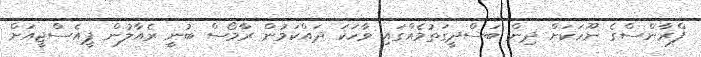
ފްރާންސްގެ ނޫހަކަށް ދިން ބަސްދީގަތުމެއްގައި ވާހަކަ ދައްކަމުން ރާމޯސް ބުނީ ރެއާލުން ޕީއެސްޖީއަށް